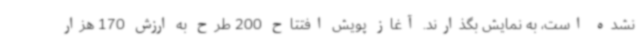
نشده است، به نمایش بگذارند. آغاز پویش افتتاح 200 طرح به ارزش 170 هزار